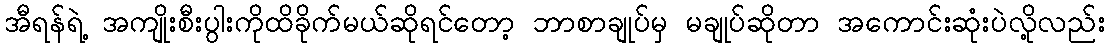
အီရန်ရဲ့ အကျိုးစီးပွါးကိုထိခိုက်မယ်ဆိုရင်တော့ ဘာစာချုပ်မှ မချုပ်ဆိုတာ အကောင်းဆုံးပဲလို့လည်း